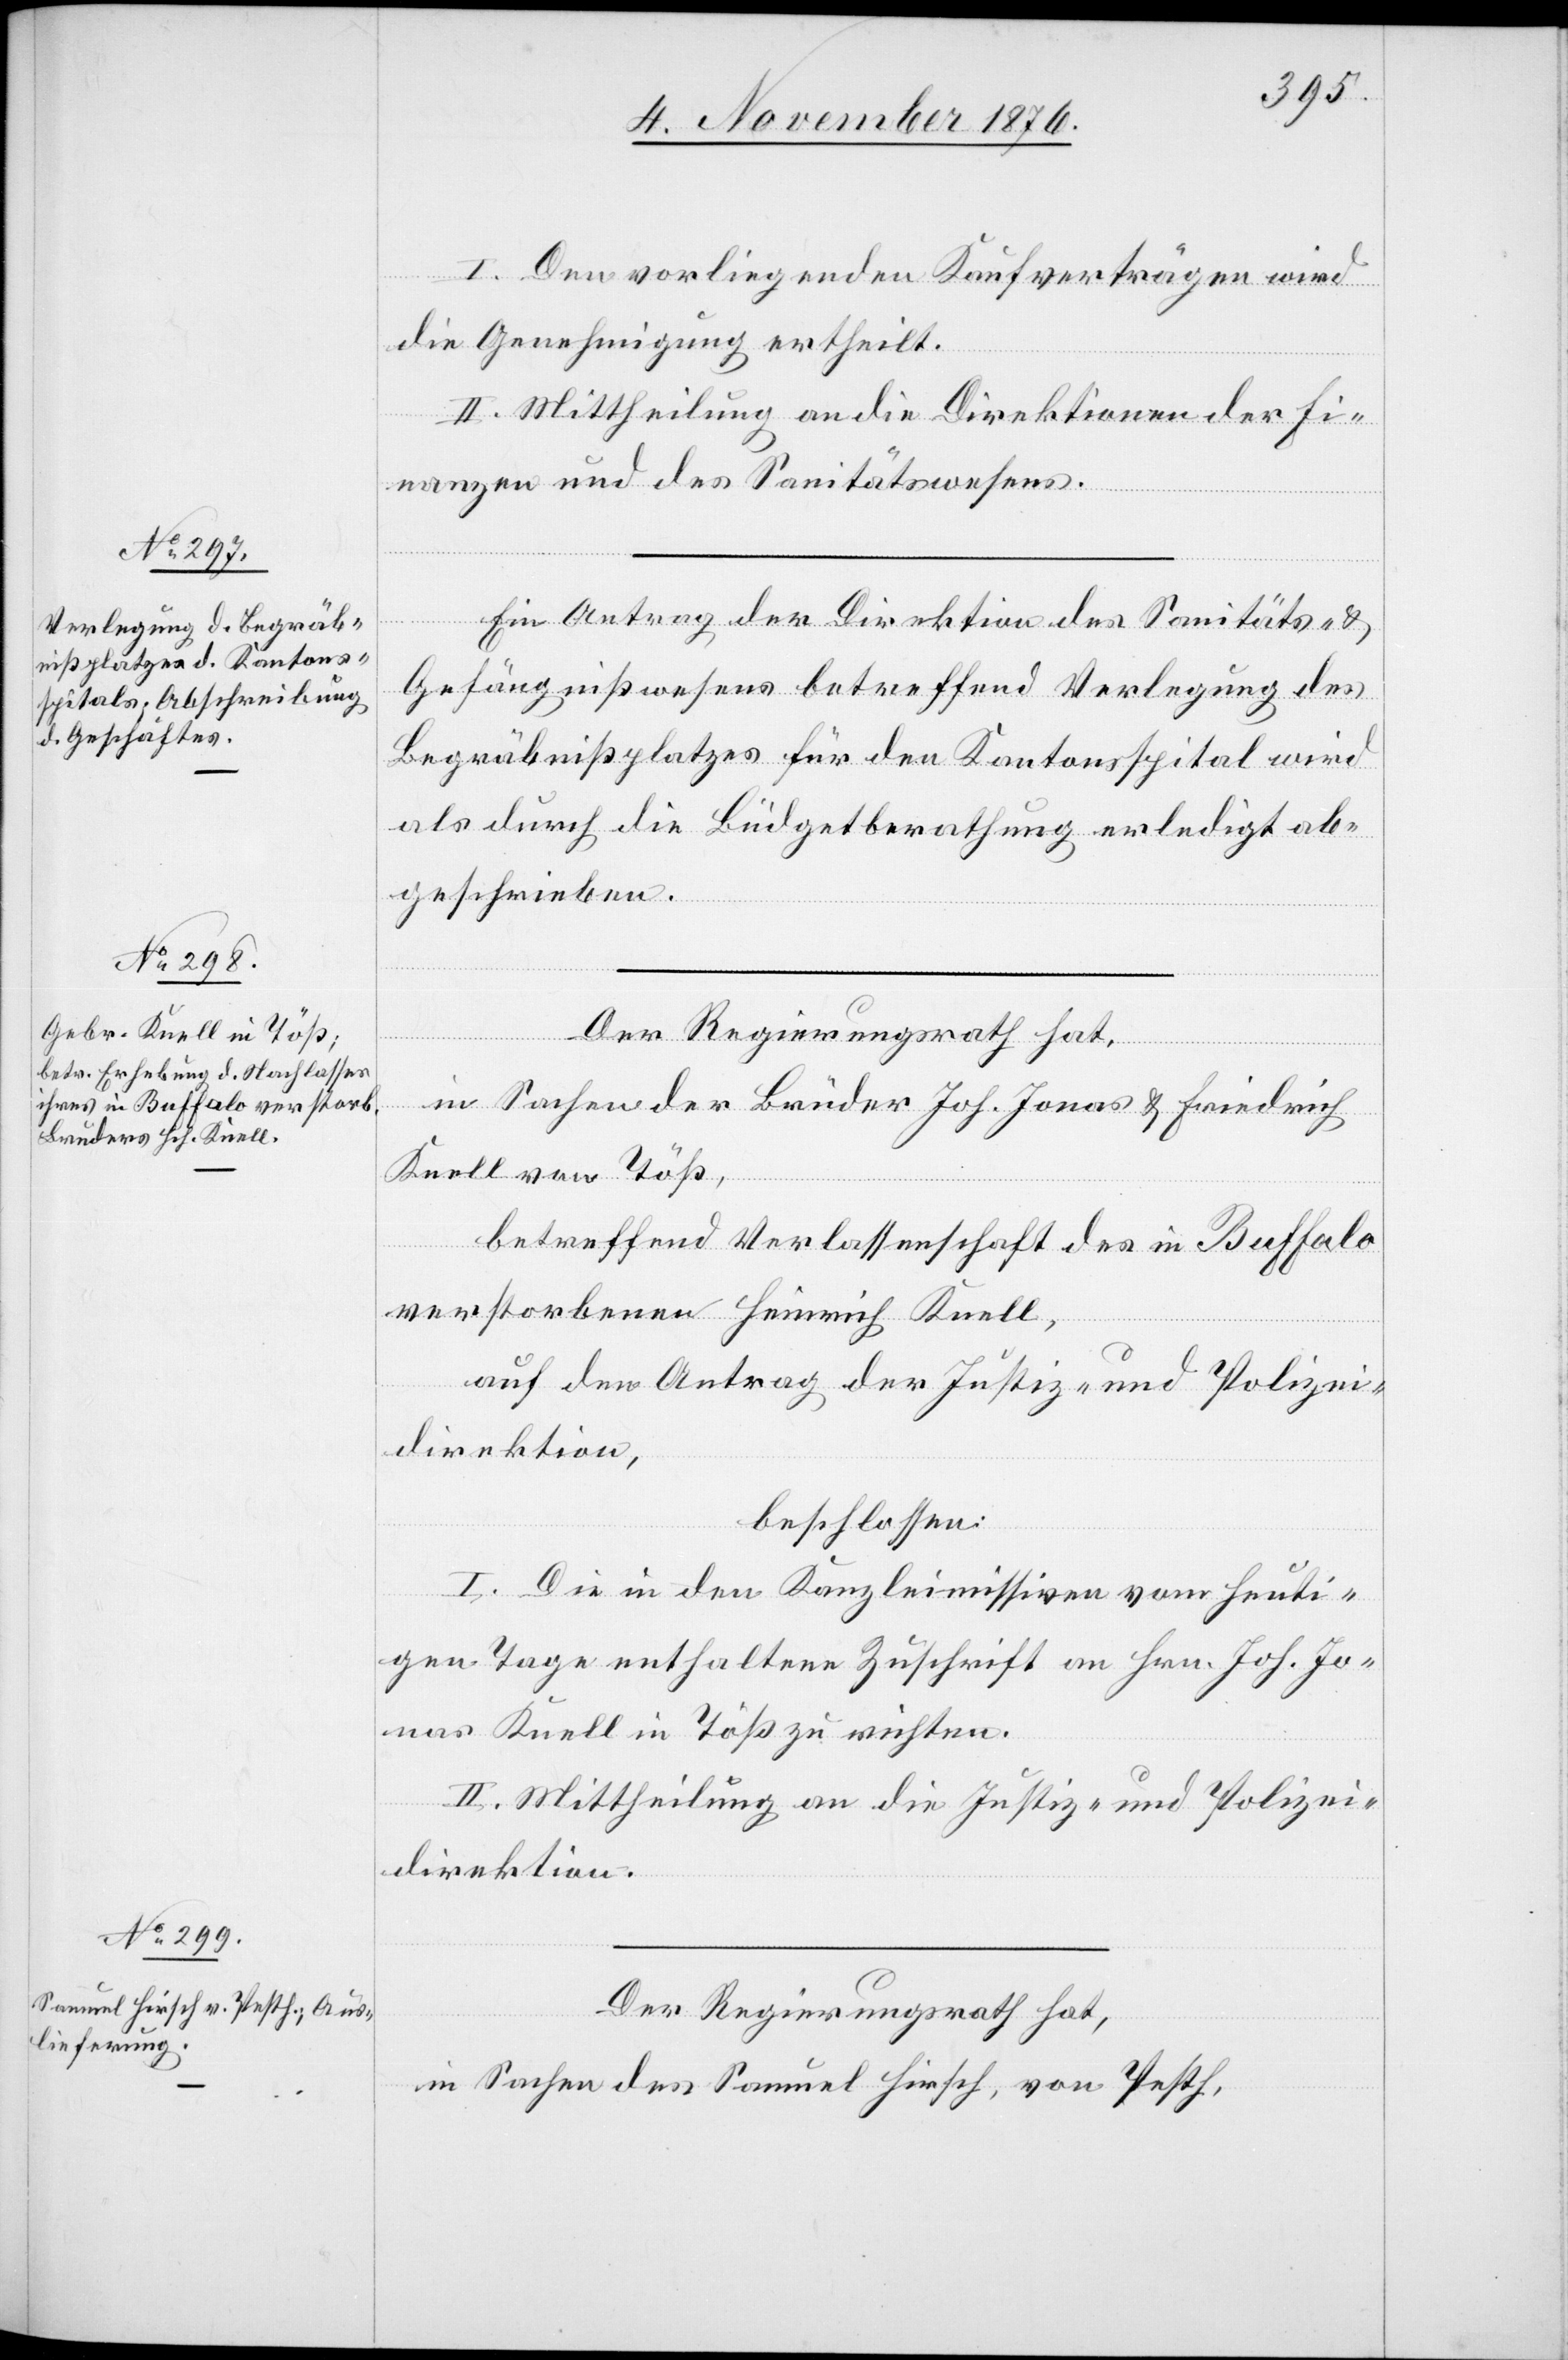
I. Den vorliegenden Kaufverträgen wird
die Genehmigung ertheilt.
II. Mittheilung an die Direktionen der Fi¬
nanzen und des Sanitätswesens.
Ein Antrag der Direktion des Sanitäts- &
Gefängnißwesens betreffend Verlegung des
Begräbnißplatzes für den Kantonsspital wird
als durch die Büdgetberathung erledigt ab¬
geschrieben.
Der Regierungsrath hat,
in Sachen der Brüder Joh. Jonas & Friedrich
Knell von Töß,
betreffend Verlassenschaft des in Buffalo
verstorbenen Heinrich Knell,
auf den Antrag der Justiz- und Polizei¬
direktion,
beschlossen:
I. Die in den Kanzleimissiven vom heuti¬
gen Tage enthaltene Zuschrift an Hrn. Joh. Jo¬
nas Knell in Töß zu richten.
II. Mittheilung an die Justiz- und Polizei¬
direktion.
Der Regierungsrath hat,
in Sachen des Samuel Hirsch, von Pesth,